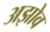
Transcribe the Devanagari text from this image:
अझोव